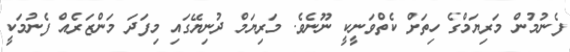
ފެނުމުން މަރިޔަމްގެ ހިތަށް ކެތްވަނީކީ ނޫނެވެ. މަރިޔަމް ދުނިޔޭގައި މިފަދަ މަންޒަރެއް ފެނުމަކީ